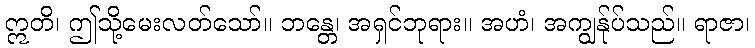
ဣတိ၊ ဤသို့မေးလတ်သော်။ ဘန္တေ၊ အရှင်ဘုရား။ အဟံ၊ အကျွန်ုပ်သည်။ ရာဇာ၊